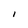
Character: I